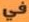
في